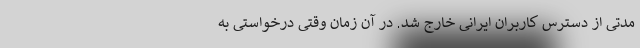
مدتی از دسترس کاربران ایرانی خارج شد. در آن زمان وقتی درخواستی به